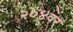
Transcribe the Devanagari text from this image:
२०४वर